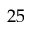
2 5